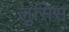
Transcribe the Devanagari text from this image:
लुसिस